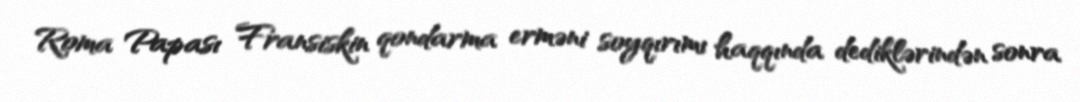
Roma Papası Fransiskin qondarma erməni soyqırımı haqqında dediklərindən sonra